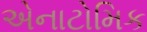
એનાટોમિક